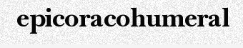
epicoracohumeral